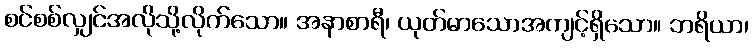
စင်စစ်လျှင်အလိုသို့လိုက်သော။ အနာစာရီ၊ ယုတ်မာသောအကျင့်ရှိသော။ ဘရိယာ၊